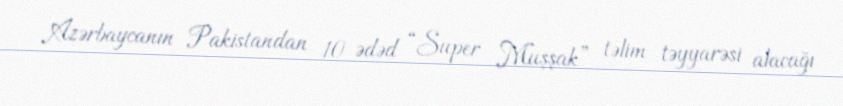
Azərbaycanın Pakistandan 10 ədəd “Super Muşşak” təlim təyyarəsi alacağı